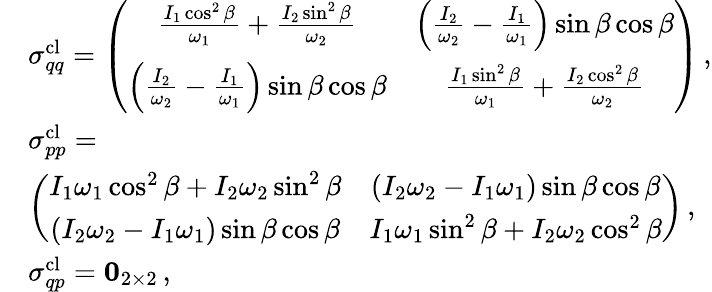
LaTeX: \begin{array}{rl}&{\sigma_{qq}^{\mathrm{cl}}=\left(\begin{array}{cc}{\frac{I_{1}\cos^{2}\beta}{\omega_{1}}+\frac{I_{2}\sin^{2}\beta}{\omega_{2}}}&{\left(\frac{I_{2}}{\omega_{2}}-\frac{I_{1}}{\omega_{1}}\right)\sin\beta\cos\beta}\\ {\left(\frac{I_{2}}{\omega_{2}}-\frac{I_{1}}{\omega_{1}}\right)\sin\beta\cos\beta}&{\frac{I_{1}\sin^{2}\beta}{\omega_{1}}+\frac{I_{2}\cos^{2}\beta}{\omega_{2}}}\end{array}\right)\, ,}\\ &{\sigma_{pp}^{\mathrm{cl}}=}\\ &{\left(\begin{array}{cc}{I_{1}\omega_{1}\cos^{2}\beta+I_{2}\omega_{2}\sin^{2}\beta}&{\left(I_{2}\omega_{2}-I_{1}\omega_{1}\right)\sin\beta\cos\beta}\\ {\left(I_{2}\omega_{2}-I_{1}\omega_{1}\right)\sin\beta\cos\beta}&{I_{1}\omega_{1}\sin^{2}\beta+I_{2}\omega_{2}\cos^{2}\beta}\end{array}\right)\, ,}\\ &{\sigma_{qp}^{\mathrm{cl}}=\mathbf{0}_{2\times 2}\, ,}\end{array}